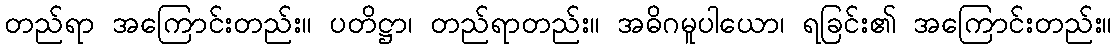
တည်ရာ အကြောင်းတည်း။ ပတိဋ္ဌာ၊ တည်ရာတည်း။ အဓိဂမူပါယော၊ ရခြင်း၏ အကြောင်းတည်း။